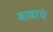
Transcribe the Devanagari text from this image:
बाबाचं